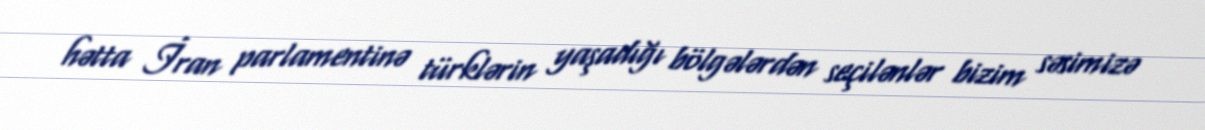
hətta İran parlamentinə türklərin yaşadığı bölgələrdən seçilənlər bizim səsimizə